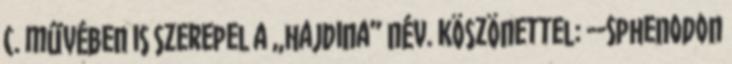
c. művében is szerepel a „hajdina” név. Köszönettel: --Sphenodon